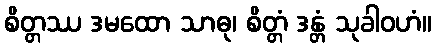
စိတ္တဿ ဒမထော သာဓု၊ စိတ္တံ ဒန္တံ သုခါဝဟံ။